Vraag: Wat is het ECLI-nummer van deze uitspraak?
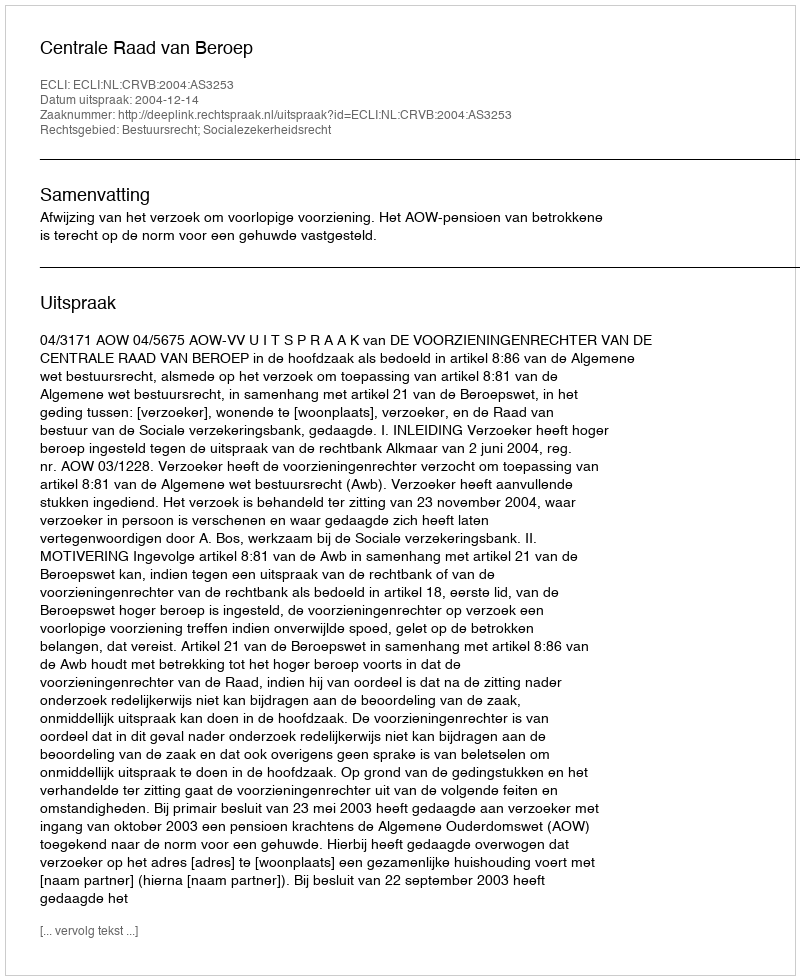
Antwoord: ECLI:NL:CRVB:2004:AS3253